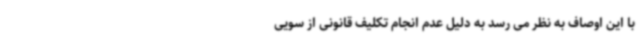
با این اوصاف به نظر می رسد به دلیل عدم انجام تکلیف قانونی از سویی